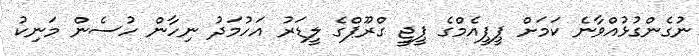
ނުގެންގުޅުއްވާނެ ކަމަށް ޕީޕީއެމްގެ ޕީޖީ ގްރޫޕްގެ ލީޑަރު އަހުމަދު ނިހާން ހުސެން މަނިކު